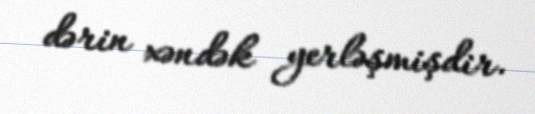
dərin xəndək yerləşmişdir.